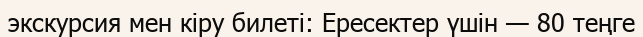
экскурсия мен кіру билеті: Ересектер үшін — 80 теңге